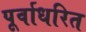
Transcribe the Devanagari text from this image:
पूर्वाधरित